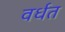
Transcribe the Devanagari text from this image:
वर्धत